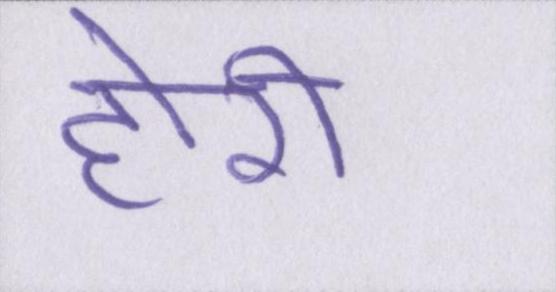
होरी